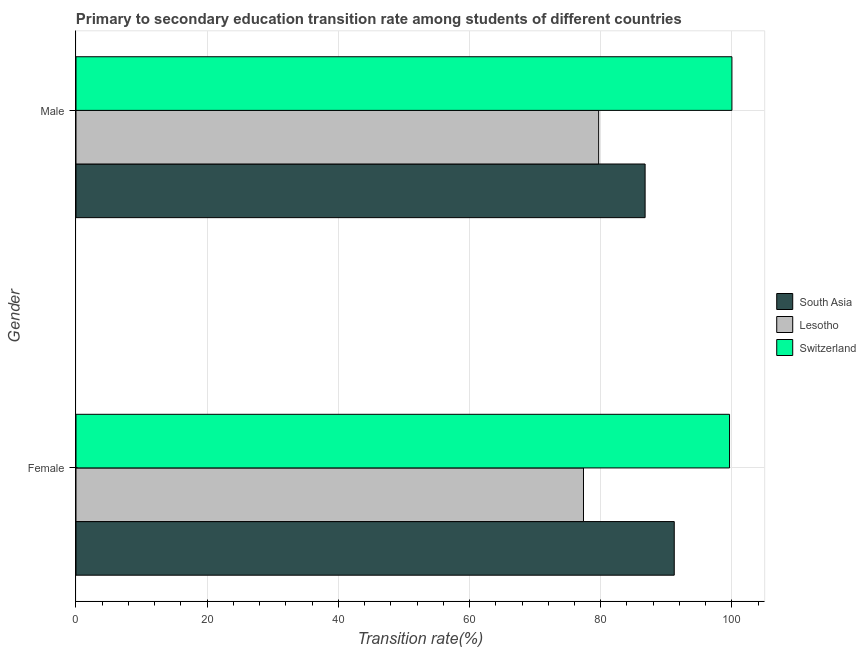
| Gender | South Asia | Lesotho | Switzerland |
 | --- | --- | --- | --- |
 | Female | 91.2 | 77.4 | 99.6 |
 | Male | 86.8 | 79.7 | 100 |